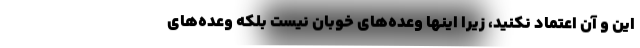
این و آن اعتماد نکنید، زیرا اینها وعده‌های خوبان نیست بلکه وعده‌های